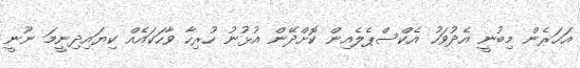
އަހަރެން މިބުނީ އެދުވަހު އެކްސްޕެލެއިން ކޮށްދޭން އުޅުނު ހުރިހާ ވާހަކައެއް ކިޔައިދިނީމަ ނޫނީ